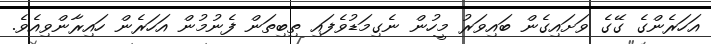
އަހަރެންގެ ގޭގެ ވަށައިގެން ބައިވަރު މީހުން ނެގިމަޑުވެފައި ތިބިތަން ފެނުމުން އަހަރެން ހައިރާންވިއެވެ.